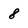
Character: 8